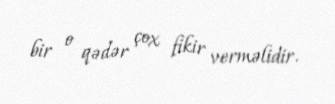
bir o qədər çox fikir verməlidir.